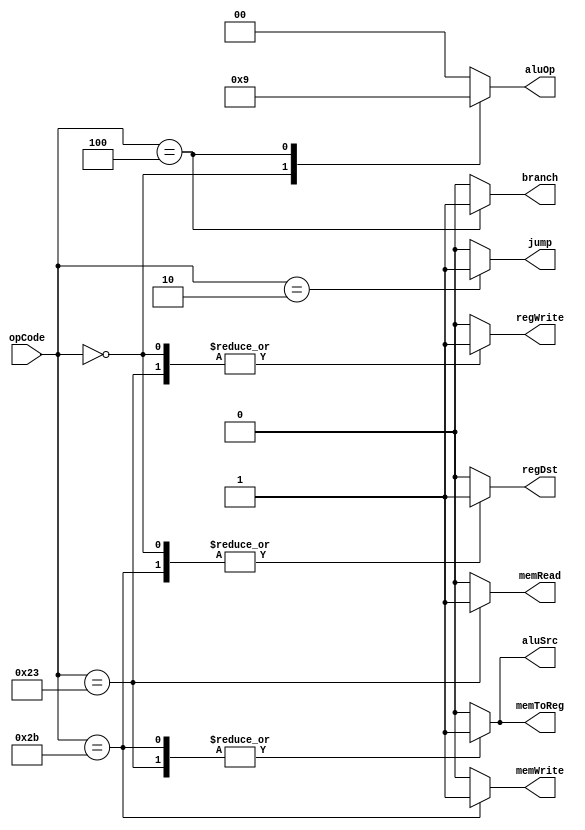
`timescale 1ns / 1ps
//////////////////////////////////////////////////////////////////////////////////
// Company: 
// Engineer: 
// 
// Design Name: 
// Module Name:    Ctr 
// Project Name: 
// Target Devices: 
// Tool versions: 
// Description: 
//
// Dependencies: 
//
// Revision: 
// Revision 0.01 - File Created
// Additional Comments: 
//
//////////////////////////////////////////////////////////////////////////////////
module Ctr(
	input [5:0] opCode,
	output reg regDst,
	output reg aluSrc,
	output reg memToReg,
	output reg regWrite,
	output reg memRead,
	output reg memWrite,
	output reg branch,
	output reg [1:0] aluOp,
	output reg jump
	);
	 
	 
	 always @(opCode)
	 begin
	 case (opCode)
	       6'b000010:
			 //jump
			 begin
			     regDst = 0;
				  aluSrc = 0;
				  memToReg = 0;
				  regWrite = 0;
				  memRead = 0;
				  memWrite = 0;
				  branch =0;
				  aluOp = 2'b00;
				  jump = 1;
		    end
			 6'b000000:
			 //R-format
			 begin
			     regDst = 1;
				  aluSrc = 0;
				  memToReg = 0;
				  regWrite = 1;
				  memRead = 0;
				  memWrite = 0;
				  branch = 0;
				  aluOp =  2'b10;   
				  //which one is the MSB?
				  jump = 0;
			 end
			 6'b100011:
			 //lw
			 begin
			     regDst = 0;
				  aluSrc = 1;
				  memToReg = 1;
				  regWrite = 1;
				  memRead = 1;
				  memWrite = 0;
				  branch = 0;
				  aluOp =  2'b00;   
				  jump = 0;
			 end
			 6'b101011:
			 //sw
			 begin
			     regDst = 1; //don't care term
				  aluSrc = 1;
				  memToReg = 1; //don't care term
				  regWrite = 0;
				  memRead = 0;
				  memWrite = 1;
				  branch = 0;
				  aluOp =  2'b00;   
				  jump = 0;
			 end
			 6'b000100:
			 //beq
			 begin
			     regDst = 0;  //don't care term
				  aluSrc = 0;
				  memToReg = 0;  //don't care term
				  regWrite = 0;
				  memRead = 0;
				  memWrite = 0;
				  branch = 1;
				  aluOp =  2'b01;   
				  jump = 0;
			 end
			 default:
			 begin
			     regDst = 0;
				  aluSrc = 0;
				  memToReg = 0;
				  regWrite = 0;
				  memRead = 0;
				  memWrite = 0;
				  branch = 0;
				  aluOp =  2'b00;   
				  jump = 0;
			 end
		endcase
		end
		
endmodule